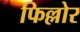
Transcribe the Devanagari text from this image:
फिल्लोर